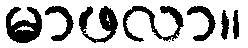
မာဖလာ။